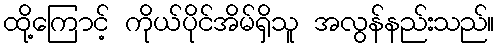
ထို့ကြောင့် ကိုယ်ပိုင်အိမ်ရှိသူ အလွန်နည်းသည်။